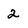
Character: 2